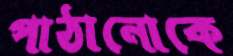
পাঠানোকে